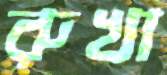
রুখা